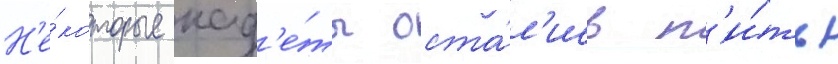
Н'е́которые кад'е́ты оста́л'ись п'и́ть